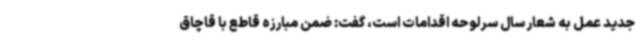
جدید عمل به شعار سال سرلوحه اقدامات است، گفت: ضمن مبارزه قاطع با قاچاق